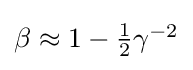
{\textstyle \beta \approx 1-{\frac {1}{2}}\gamma ^{-2}}